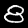
Label: 8